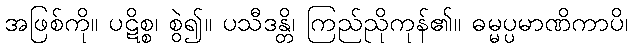
အဖြစ်ကို။ ပဋိစ္စ၊ စွဲ၍။ ပသီဒန္တိ၊ ကြည်ညိုကုန်၏။ ဓမ္မပ္ပမာဏိကာပိ၊